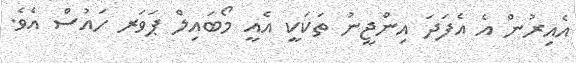
އެއިރުން އެ އެފަދަ އިންޖީނު ތަކަކީ އެއީ މޯބައިލް ޕަވަރ ހައުސް އެވެ.